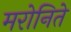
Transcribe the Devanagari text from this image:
मरोनिते